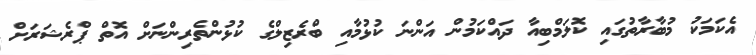
އެކަމަކު މުބާރާތުގައި ކޮލަމްބިއާ ދައްކަމުން އަންނަ ކުޅުމާއި ބްރެޒިލްގެ ކުޅުންތެރިންނަށް އޮތް ޕްރެޝަރަށް